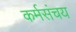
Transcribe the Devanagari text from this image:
कर्मसंचय